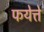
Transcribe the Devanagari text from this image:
फयेत्ते